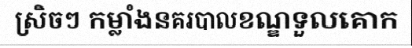
ស្រិចៗ កម្លាំងនគរបាលខណ្ឌទួលគោក